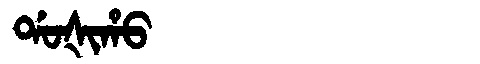
Manchu: ᡩᠣᡧᡳᡥᠣ
Romanization: DOŠIHO